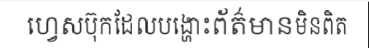
ហ្វេសប៊ុកដែលបង្ហោះព័ត៌មានមិនពិត